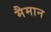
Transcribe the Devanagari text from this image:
मैमान